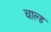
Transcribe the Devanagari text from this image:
चाल्ड